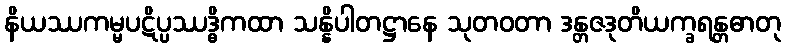
နိယဿကမ္မပဋိပ္ပဿဒ္ဓိကထာ သန္နိပါတဋ္ဌာနေ သုတဝတာ ဒန္တဇဒုတိယက္ခရန္တဓာတု